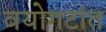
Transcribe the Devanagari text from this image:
वयोगटांत